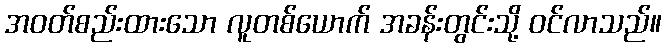
အဝတ်စည်းထားသော လူတစ်ယောက် အခန်းတွင်းသို့ ဝင်လာသည်။